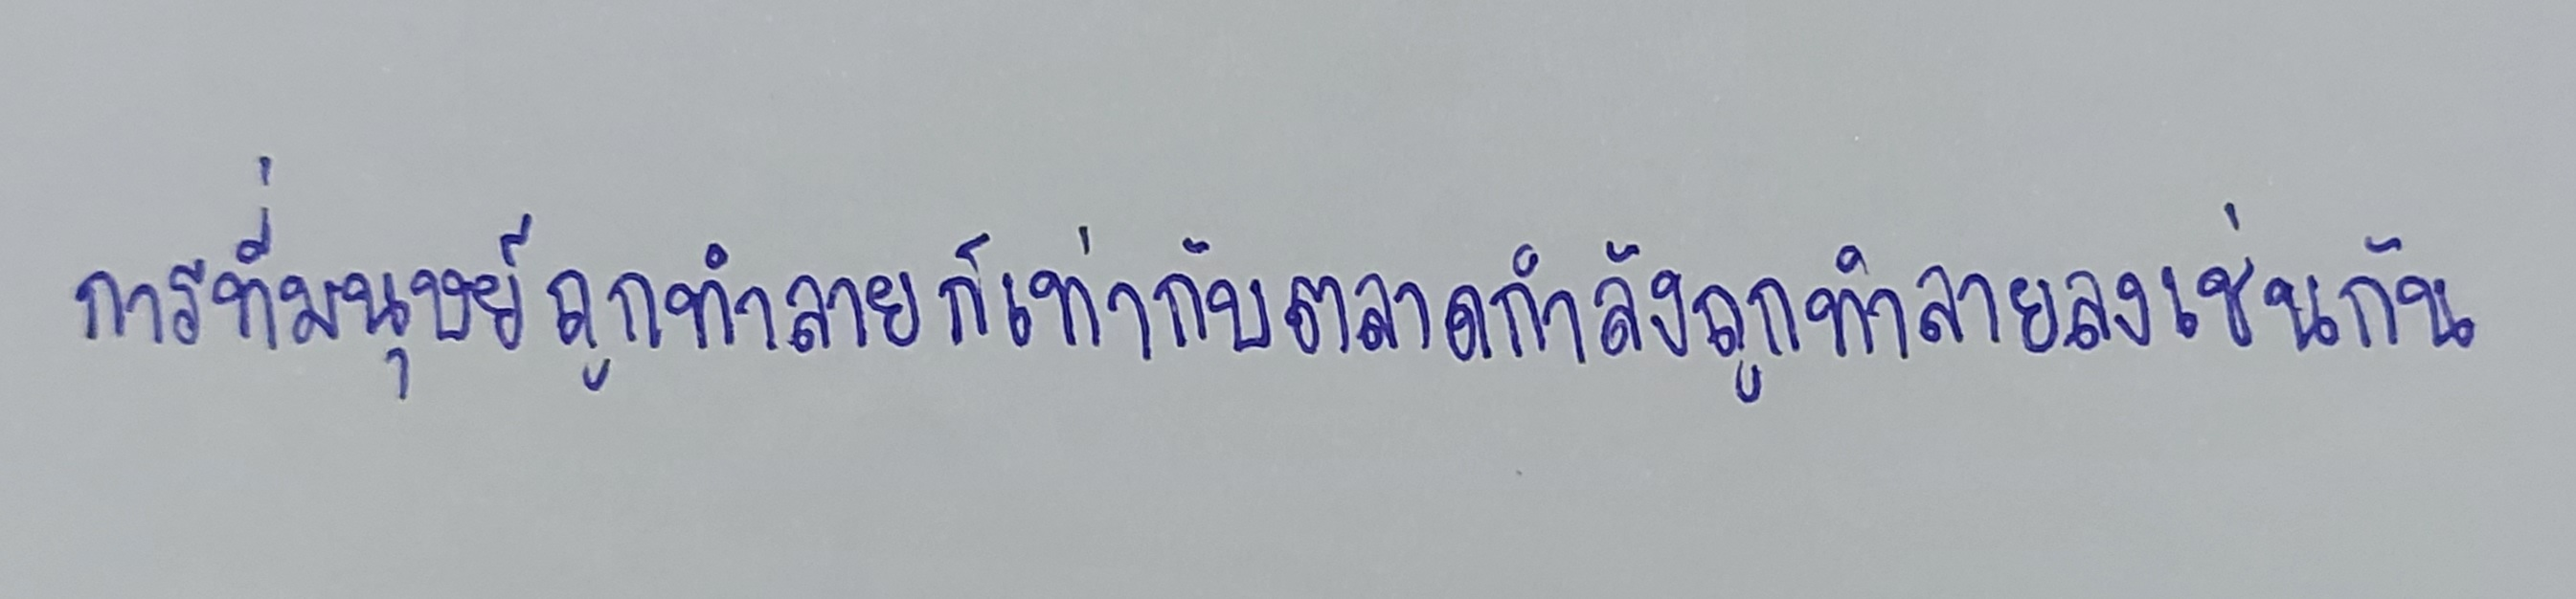
การที่มนุษย์ถูกทำลายก็เท่ากับตลาดกำลังถูกทำลายลงเช่นกัน